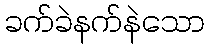
ခက်ခဲနက်နဲသော